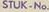
STUK-No